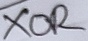
Text: XOR